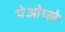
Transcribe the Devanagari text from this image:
पेओप्ले